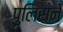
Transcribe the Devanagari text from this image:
पुलिसने